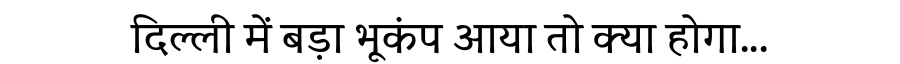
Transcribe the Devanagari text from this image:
दिल्ली में बड़ा भूकंप आया तो क्या होगा...